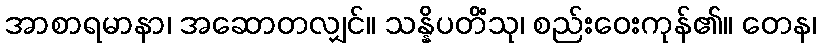
အာစာရမာနာ၊ အဆောတလျှင်။ သန္နိပတိံသု၊ စည်းဝေးကုန်၏။ တေန၊